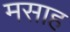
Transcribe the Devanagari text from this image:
मसाह